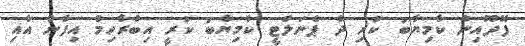
ފޭދޫއިން ކާމިޔާބު ކުރި ދެ ޕެނަލްޓީ ކާމިޔާބު ކުރީ އިބްރާހިމް އިފާން އާއި